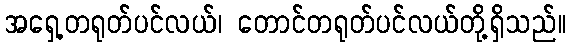
အရှေ့တရုတ်ပင်လယ်၊ တောင်တရုတ်ပင်လယ်တို့ရှိသည်။